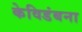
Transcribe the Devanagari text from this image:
केविडंबना